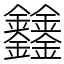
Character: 𨰻